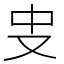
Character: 㕜